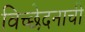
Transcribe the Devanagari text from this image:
विच्छेदनाची